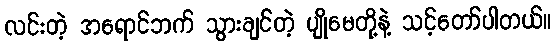
လင်းတဲ့ အရောင်ဘက် သွားချင်တဲ့ ပျိုမေတို့နဲ့ သင့်တော်ပါတယ်။